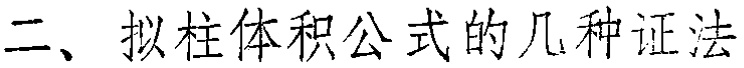
二、拟柱体体积公式的几种证法